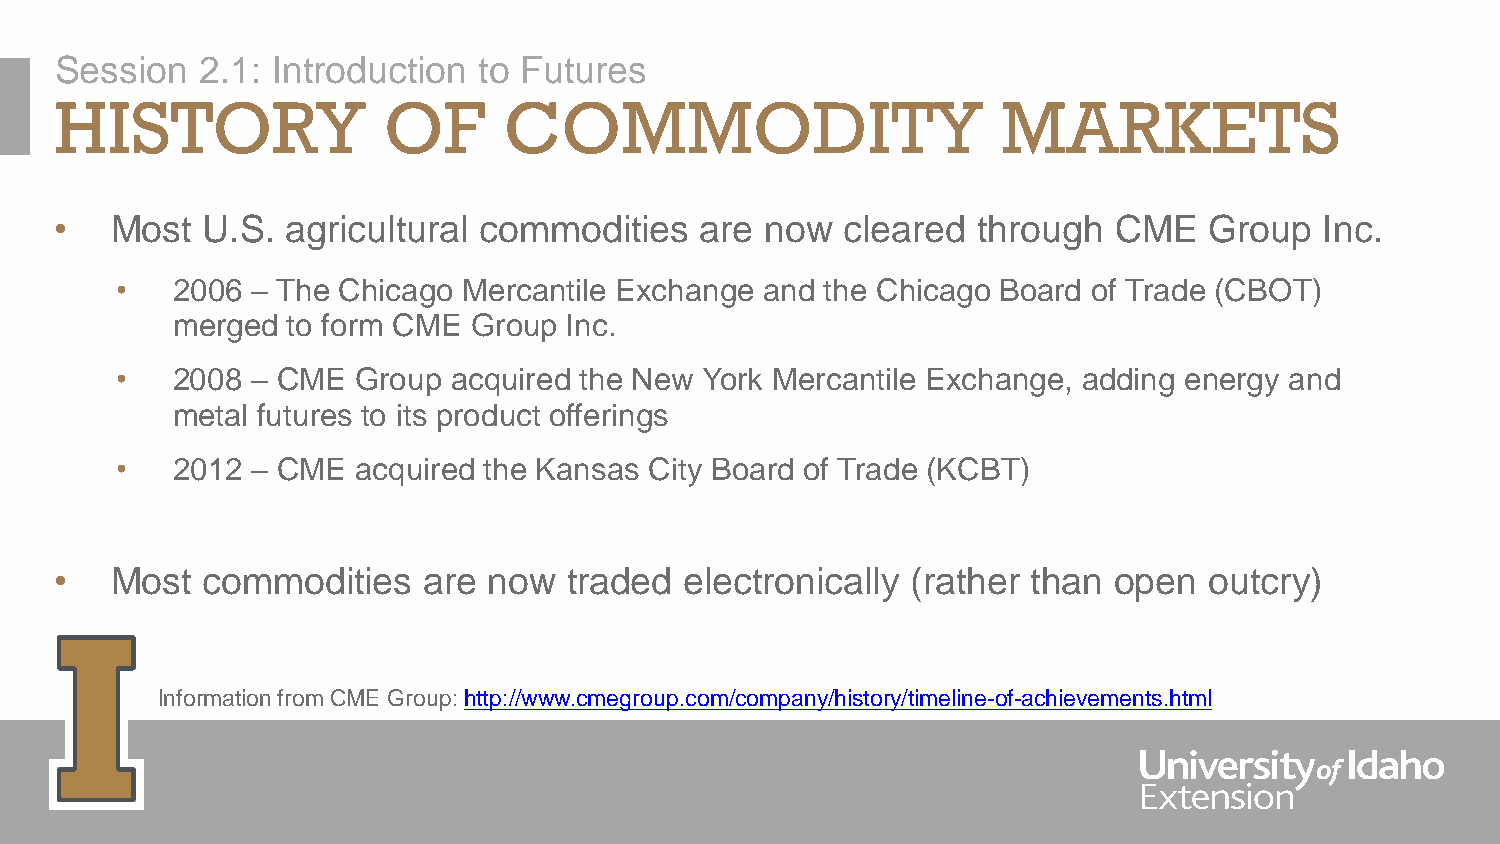
Session  2.1: Introduction  to Futures
 HISTORY              OF      COMMODITY                        MARKETS
 •  Most  U.S.  agricultural commodities   are  now  cleared  through  CME   Group   Inc.
 •  2006  – The Chicago Mercantile Exchange and the Chicago Board of Trade (CBOT)
 merged  to form CME Group  Inc.
 •  2008  – CME  Group acquired the New York Mercantile Exchange, adding energy and
 metal futures to its product offerings
 •  2012  – CME  acquired the Kansas City Board of Trade (KCBT)
 •  Most  commodities    are now   traded electronically (rather than  open  outcry)
 Information from CME Group: http://www.cmegroup.com/company/history/timeline-of-achievements.html